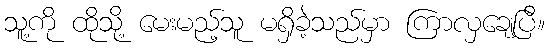
သူ့ကို ထိုသို့ မေးမည့်သူ မရှိခဲ့သည်မှာ ကြာလှချေပြီ။